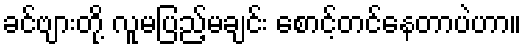
ခင်ဗျားတို့ လူမပြည့်မချင်း စောင့်တင်နေတာပဲဟာ။